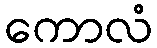
ကောလံ